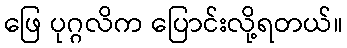
ဖြေ ပုဂ္ဂလိက ပြောင်းလို့ရတယ်။